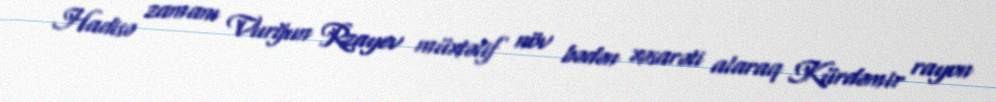
Hadisə zamanı Vurğun Rzayev müxtəlif növ bədən xəsarəti alaraq Kürdəmir rayon